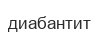
диабантит